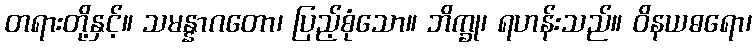
တရားတို့နှင့်။ သမန္နာဂတော၊ ပြည့်စုံသော။ ဘိက္ခု၊ ရဟန်းသည်။ ဝိနယဓရော၊